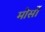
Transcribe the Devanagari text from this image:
मोर्सो